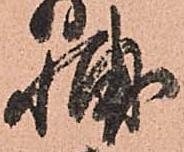
輔